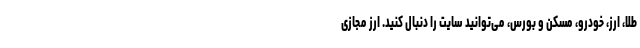
طلا، ارز، خودرو، مسکن و بورس، می‌توانید سایت را دنبال کنید. ارز مجازی